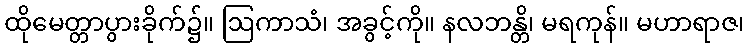
ထိုမေတ္တာပွားခိုက်၌။ ဩကာသံ၊ အခွင့်ကို။ နလဘန္တိ၊ မရကုန်။ မဟာရာဇ၊